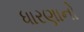
ધારણાનો